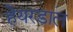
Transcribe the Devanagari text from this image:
हेयरडाल